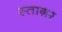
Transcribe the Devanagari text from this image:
स्ताग़र